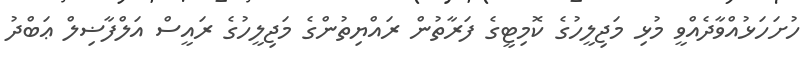
ހުށަހަޅުއްވާދެއްވީ މުޅި މަޖިލީހުގެ ކޮމިޓީގެ ފަރާތުން ރައްޔިތުންގެ މަޖިލީހުގެ ރައީސް އަލްފާޟިލް ޢަބްދު